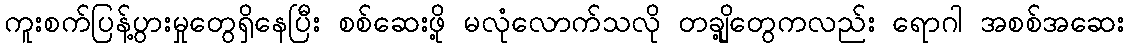
ကူးစက်ပြန့်ပွားမှုတွေရှိနေပြီး စစ်ဆေးဖို့ မလုံလောက်သလို တချို့တွေကလည်း ရောဂါ အစစ်အဆေး